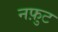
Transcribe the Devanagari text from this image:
नफ़ुट